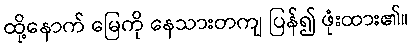
ထို့နောက် မြေကို နေသားတကျ ပြန်၍ ဖုံးထား၏။